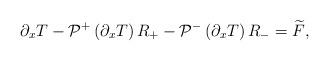
LaTeX: \begin{align*}\partial_x T-\mathcal{P}^+\left(\partial_x T\right) R_+-\mathcal{P}^-\left(\partial_x T\right) R_-=\widetilde{F},\end{align*}